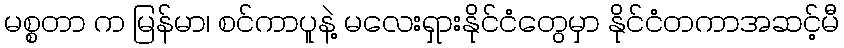
မစ္စတာ က မြန်မာ၊ စင်ကာပူနဲ့ မလေးရှားနိုင်ငံတွေမှာ နိုင်ငံတကာအဆင့်မီ